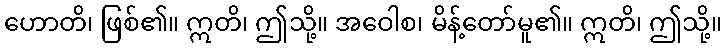
ဟောတိ၊ ဖြစ်၏။ ဣတိ၊ ဤသို့။ အဝေါစ၊ မိန့်တော်မူ၏။ ဣတိ၊ ဤသို့။